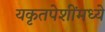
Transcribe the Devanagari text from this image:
यकृतपेशींमध्ये